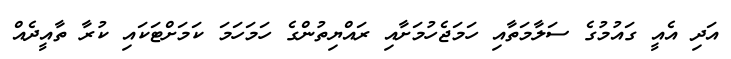
އަދި އެއީ ގައުމުގެ ސަލާމަތާއި ހަމަޖެހުމަށާއި ރައްޔިތުންގެ ހަމަހަމަ ކަމަށްޓަކައި ކުރާ ތާއީދެއް